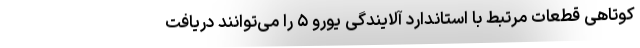
کوتاهی قطعات مرتبط با استاندارد آلایندگی یورو ۵ را می‌توانند دریافت